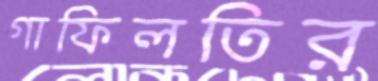
গাফিলতির